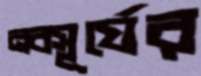
নবসূর্যের